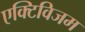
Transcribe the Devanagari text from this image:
एक्टिविजम